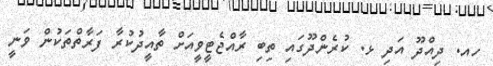
ހއ. ދިއްދޫ އަދި ޅ. ކުރެންދޫގައި ތިބި ރާއްޖެޓީވީއަށް ތާއީދުކުރާ ފަރާތްތަކުން ވަނީ